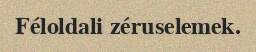
Féloldali zéruselemek.